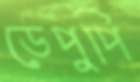
ডেপুপি